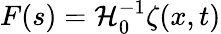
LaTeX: F(s)=\mathcal{H}_{0}^{-1}\zeta(x,t)